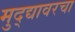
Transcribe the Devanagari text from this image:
मुद्द्यावरचा